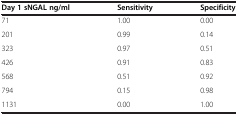
<table><thead><tr><td><b>Day 1 sNGAL ng/ml</b></td><td><b>Sensitivity</b></td><td><b>Specificity</b></td></tr></thead><tbody><tr><td>71</td><td>1.00</td><td>0.00</td></tr><tr><td>201</td><td>0.99</td><td>0.14</td></tr><tr><td>323</td><td>0.97</td><td>0.51</td></tr><tr><td>426</td><td>0.91</td><td>0.83</td></tr><tr><td>568</td><td>0.51</td><td>0.92</td></tr><tr><td>794</td><td>0.15</td><td>0.98</td></tr><tr><td>1131</td><td>0.00</td><td>1.00</td></tr></tbody></table>